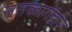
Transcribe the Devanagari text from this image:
सुतकागेंडोर